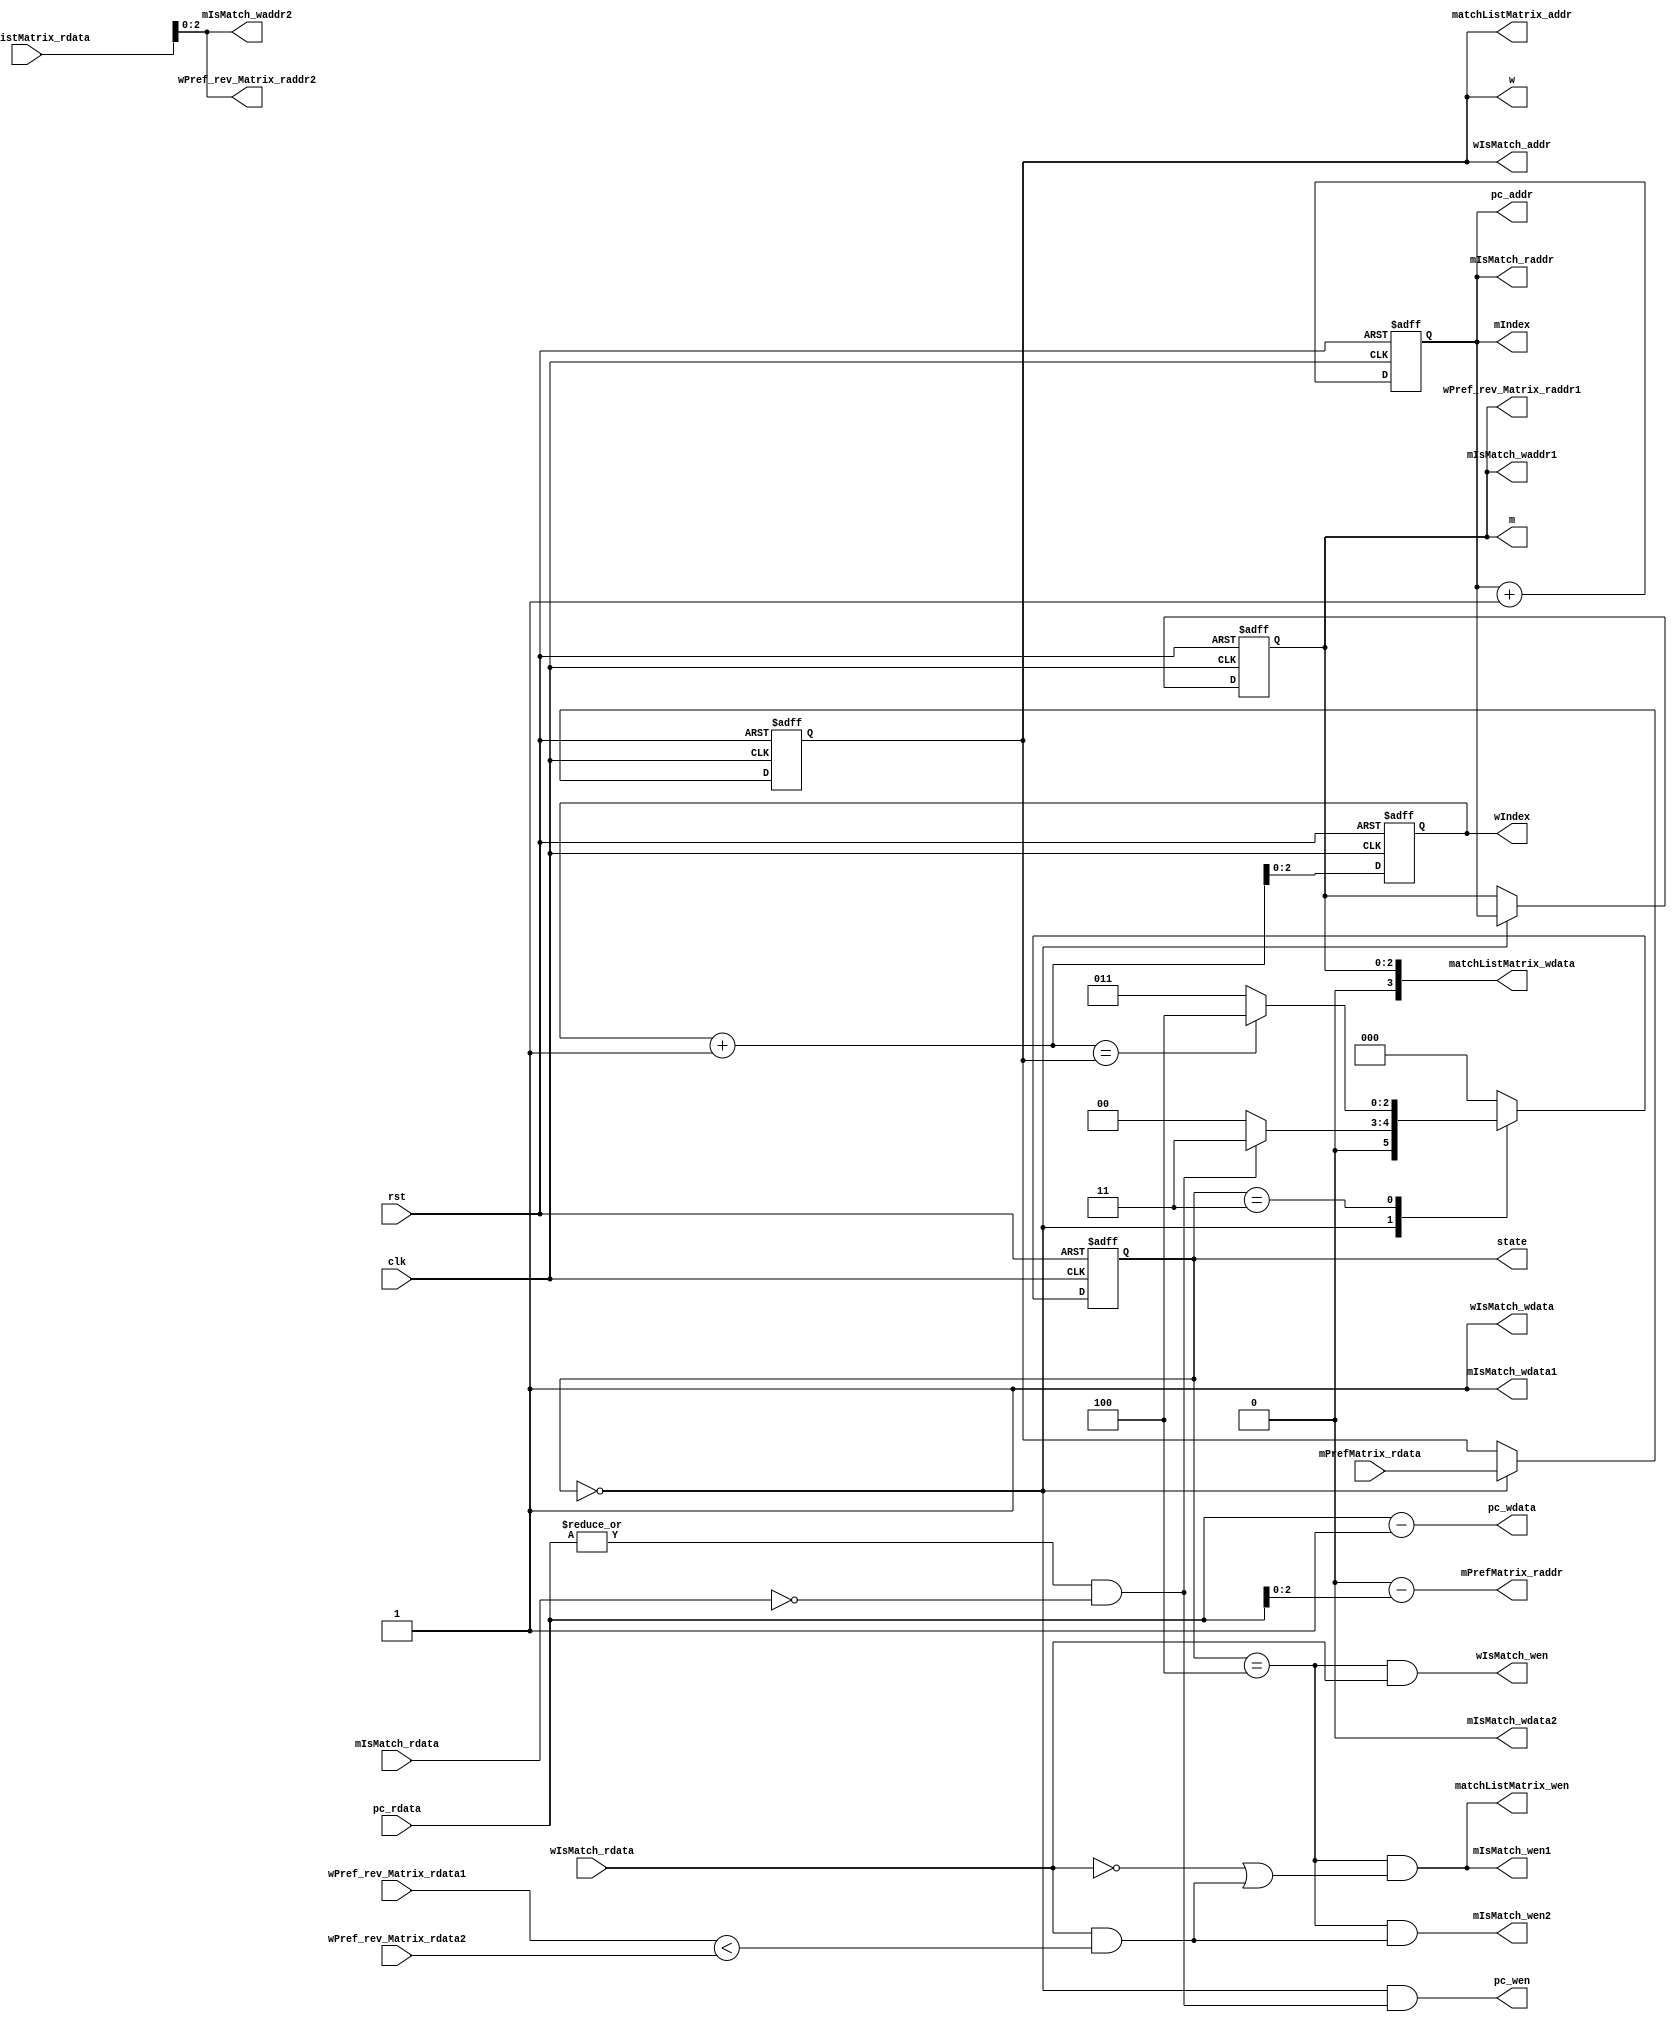
module stable_match_core
#(
  parameter Kw =8,
  parameter Km =8,
  parameter M  =8,
  parameter W  =8
)
(
  clk,
  rst,
  state,
  mIndex,
  wIndex,
  m,
  w,
  mPrefMatrix_raddr,
  mPrefMatrix_rdata,
  pc_addr,
  pc_wdata,
  pc_wen,
  pc_rdata,
  wIsMatch_addr,
  wIsMatch_wdata,
  wIsMatch_wen,
  wIsMatch_rdata,
  matchListMatrix_addr,
  matchListMatrix_wdata,
  matchListMatrix_wen,
  matchListMatrix_rdata,
  wPref_rev_Matrix_raddr1,
  wPref_rev_Matrix_rdata1,
  wPref_rev_Matrix_raddr2,
  wPref_rev_Matrix_rdata2,
  mIsMatch_waddr1,
  mIsMatch_wdata1,
  mIsMatch_wen1,
  mIsMatch_waddr2,
  mIsMatch_wdata2,
  mIsMatch_wen2,
  mIsMatch_raddr,
  mIsMatch_rdata
);
  function integer log2;
    input [31:0] value;
    reg [31:0] temp;
  begin
    temp = value - 1;
    for (log2=0; temp>0; log2=log2+1)
      temp = temp>>1;
  end
  endfunction
  localparam logM = log2(M);
  localparam logW = log2(W);
  localparam logKm = log2(Km);
  localparam logKw = log2(Kw);
  localparam state_select_m=0;
  localparam state_select_w=2;
  localparam state_wait_w = 3;
  localparam state_do_proposal = 4;
  input clk,rst;
  output reg [logM-1:0] mIndex;
  output reg [logW-1:0] wIndex;
  output reg [2:0] state;
  output reg [logM-1:0] m;
  output reg [logW-1:0] w;
  output [logKm-1:0] mPrefMatrix_raddr;
  input [logW-1:0]   mPrefMatrix_rdata;
  output [logM-1:0]  pc_addr;
  output [logKm:0]   pc_wdata;
  output pc_wen;
  input [logKm:0]  pc_rdata;
  output [logW-1:0] wIsMatch_addr;
  output wIsMatch_wdata;
  output wIsMatch_wen;
  input wIsMatch_rdata;
  output [logW-1:0] matchListMatrix_addr;
  output [logM:0] matchListMatrix_wdata;
  output matchListMatrix_wen;
  input [logM:0] matchListMatrix_rdata;
  output [logM-1:0]   wPref_rev_Matrix_raddr1;
  input [logKw-1:0]  wPref_rev_Matrix_rdata1;
  output [logM-1:0]   wPref_rev_Matrix_raddr2;
  input [logKw-1:0]  wPref_rev_Matrix_rdata2;
  output [logM-1:0] mIsMatch_waddr1;
  output mIsMatch_wdata1;
  output mIsMatch_wen1;
  output [logM-1:0] mIsMatch_waddr2;
  output mIsMatch_wdata2;
  output mIsMatch_wen2;
  output [logM-1:0] mIsMatch_raddr;
  input mIsMatch_rdata;
  reg [2:0] nState;
  wire [logKm:0] pc_mIndex;
  wire [logM-1:0] m_assigned;
  wire better;
  wire propose;
  wire can_propose;
  assign m_assigned = matchListMatrix_rdata;
  assign better = (wPref_rev_Matrix_rdata1 < wPref_rev_Matrix_rdata2);
  assign can_propose = |pc_mIndex & ~mIsMatch_rdata;
  assign mPrefMatrix_raddr = Km-pc_mIndex;
  assign pc_addr = mIndex;
  assign pc_wdata = pc_mIndex-1;
  assign pc_wen = state==state_select_m && can_propose;
  assign pc_mIndex = pc_rdata;
  assign mIsMatch_waddr1 = m;
  assign mIsMatch_wdata1 = 1'b1;
  assign mIsMatch_wen1 = (state==state_do_proposal) &&
    (wIsMatch_rdata==0 || (wIsMatch_rdata!=0 && better));
  assign mIsMatch_waddr2 = m_assigned;
  assign mIsMatch_wdata2 = 1'b0;
  assign mIsMatch_wen2 = (state==state_do_proposal) &&
    (wIsMatch_rdata!=0 && better);
  assign mIsMatch_raddr = mIndex;
  assign wIsMatch_addr = w;
  assign wIsMatch_wdata = 1'b1;
  assign wIsMatch_wen = state==state_do_proposal && wIsMatch_rdata;
  assign matchListMatrix_addr = w;
  assign matchListMatrix_wdata = m;
  assign matchListMatrix_wen = (state==state_do_proposal) &&
    (wIsMatch_rdata==0 || (wIsMatch_rdata!=0 && better));
  assign wPref_rev_Matrix_raddr1 = m;
  assign wPref_rev_Matrix_raddr2 = m_assigned;
  always@(*) begin
    nState = state_select_m;
    case (state)
      state_select_m: begin
        if(can_propose)
          nState = state_wait_w;
        else
          nState = state_select_m;
      end
      state_wait_w: begin
        if (wIndex + 1 == w) begin
          nState=state_do_proposal;
        end else begin
          nState=state_wait_w;
        end
      end
      state_do_proposal: begin
        nState=state_select_m;
      end
      default: begin
        nState=state_select_m;
      end
    endcase
  end
  integer k;
  always@(posedge clk or posedge rst) begin
    if(rst) begin
      m<=0;
      w<=0;
      mIndex<=0;
      wIndex<=0;
      state<=state_select_m;
    end else begin
      state <= nState;
      mIndex <= (mIndex+1);
      wIndex <= (wIndex+1);
      if (state==state_select_m) begin
        m <= mIndex;
        w <= mPrefMatrix_rdata;
      end
    end
  end
endmodule